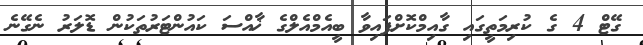
ގޭޓް 4 ގެ ކުރިމަތީގައި ގާއިމްކޮށްފައިވާ ބީއެމްއެލްގެ ޚާއްސަ ކައުންޓަރުތަކުން ޑޮލަރު ނެގޭނެ